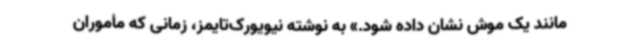
مانند یک موش نشان داده شود.» به نوشته نیویورک‌تایمز، زمانی که مأموران